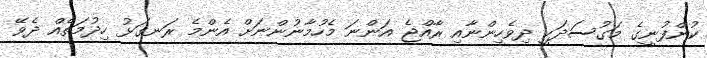
ކުންފުނީގެ މަގުސަދަކީ ދިވެހިންނާއި ރާއްޖެ އަންނަ މެހުމާނުންނަށް އެންމެ ރަނގަޅު ހިދުމަތެއް ދެވޭ